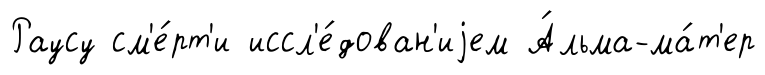
Раусу см'е́рт'и иссл'е́дован'иjем А́льма-ма́т'ер